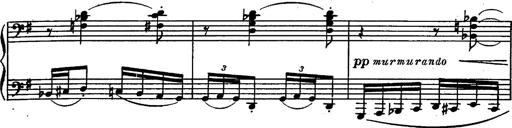
Title: Magyar rapszÃ³diÃ¡k
Composer: Franz Liszt